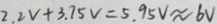
2 . 2 V + 3 . 7 5 V = 5 . 9 5 V \approx 6 V